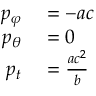
\begin{array} { r l } { p _ { \varphi } } & { { } = - a c } \\ { p _ { \theta } } & { { } = 0 } \\ { p _ { t } } & { { } = { \frac { a c ^ { 2 } } { b } } } \end{array}